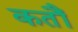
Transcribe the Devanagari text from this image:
कतौं